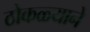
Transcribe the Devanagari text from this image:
ठोकळ्याने